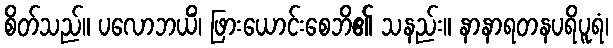
စိတ်သည်။ ပလောဘယိံ၊ ဖြားယောင်းစေဘိ၏ သနည်း။ နာနာရတနပရိပူရံ၊